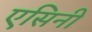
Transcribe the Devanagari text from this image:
एसिनी